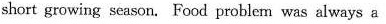
short growing season. Food problem was always a